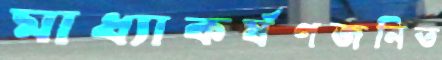
মাধ্যাকর্ষণজনিত